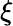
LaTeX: \xi